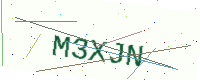
Text: M3XJN